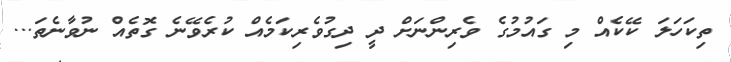
ތިކަހަލަ ކޭކެއް މި ގައުމުގެ ވެރިންނަށް ދީ ދިގުވެރިކަމެއް ކުރެވޭނެ ގޮތެއް ނުވާނެތަ...